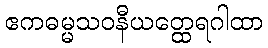
ဧကဓမ္မသဝနီယတ္ထေရဂါထာ